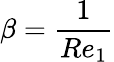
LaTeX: \beta=\frac{1}{Re_{1}}